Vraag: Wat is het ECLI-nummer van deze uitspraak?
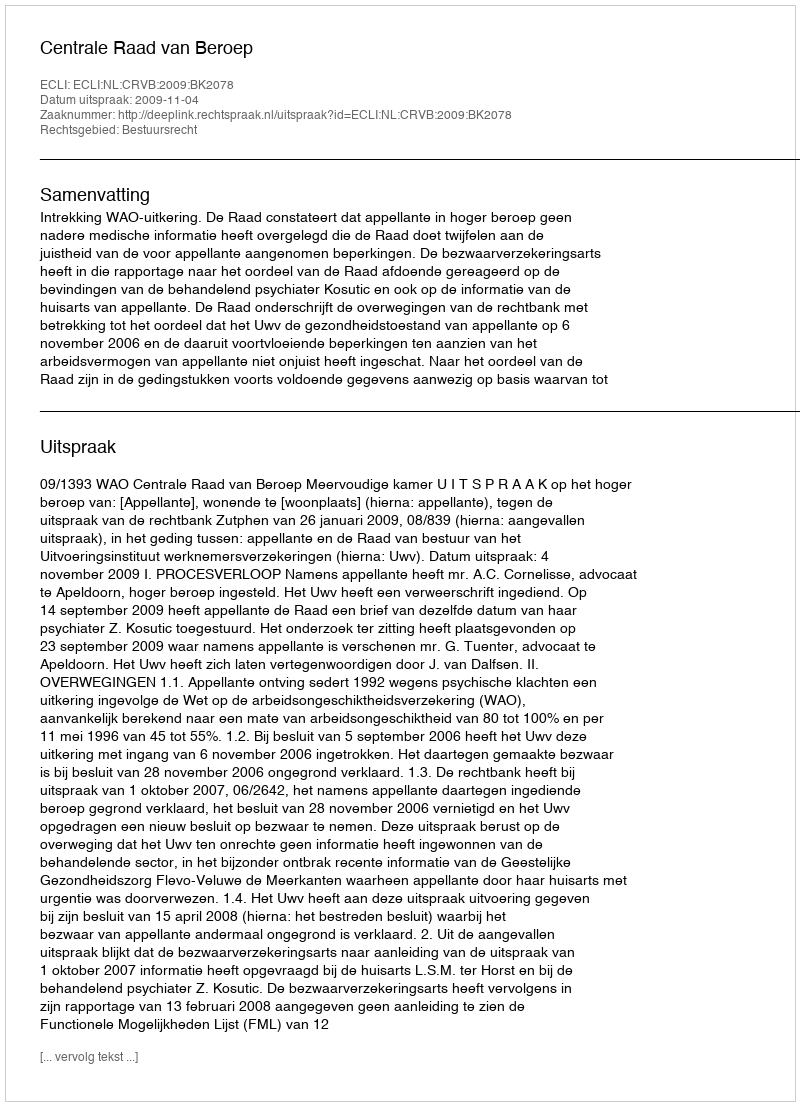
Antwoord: ECLI:NL:CRVB:2009:BK2078